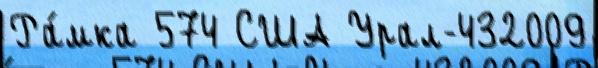
Ра́мка 574 США Урал-432009